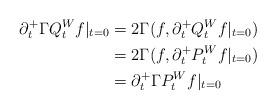
LaTeX: \begin{align*}\partial_t^+ \Gamma Q_t^W f|_{t=0} &= 2\Gamma(f, \partial_t^+ Q_t^W f|_{t=0})\\&=2\Gamma(f, \partial_t^+ P_t^W f|_{t=0})\\&=\partial_t^+ \Gamma P_t^W f|_{t=0}\end{align*}